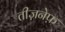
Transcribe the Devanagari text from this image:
तीज़नेफ़